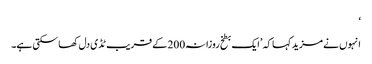
‘
انہوں نے مزید کہا کہ ’ایک بطخ روزانہ200 کے قریب ٹڈی دل کھا سکتی ہے۔